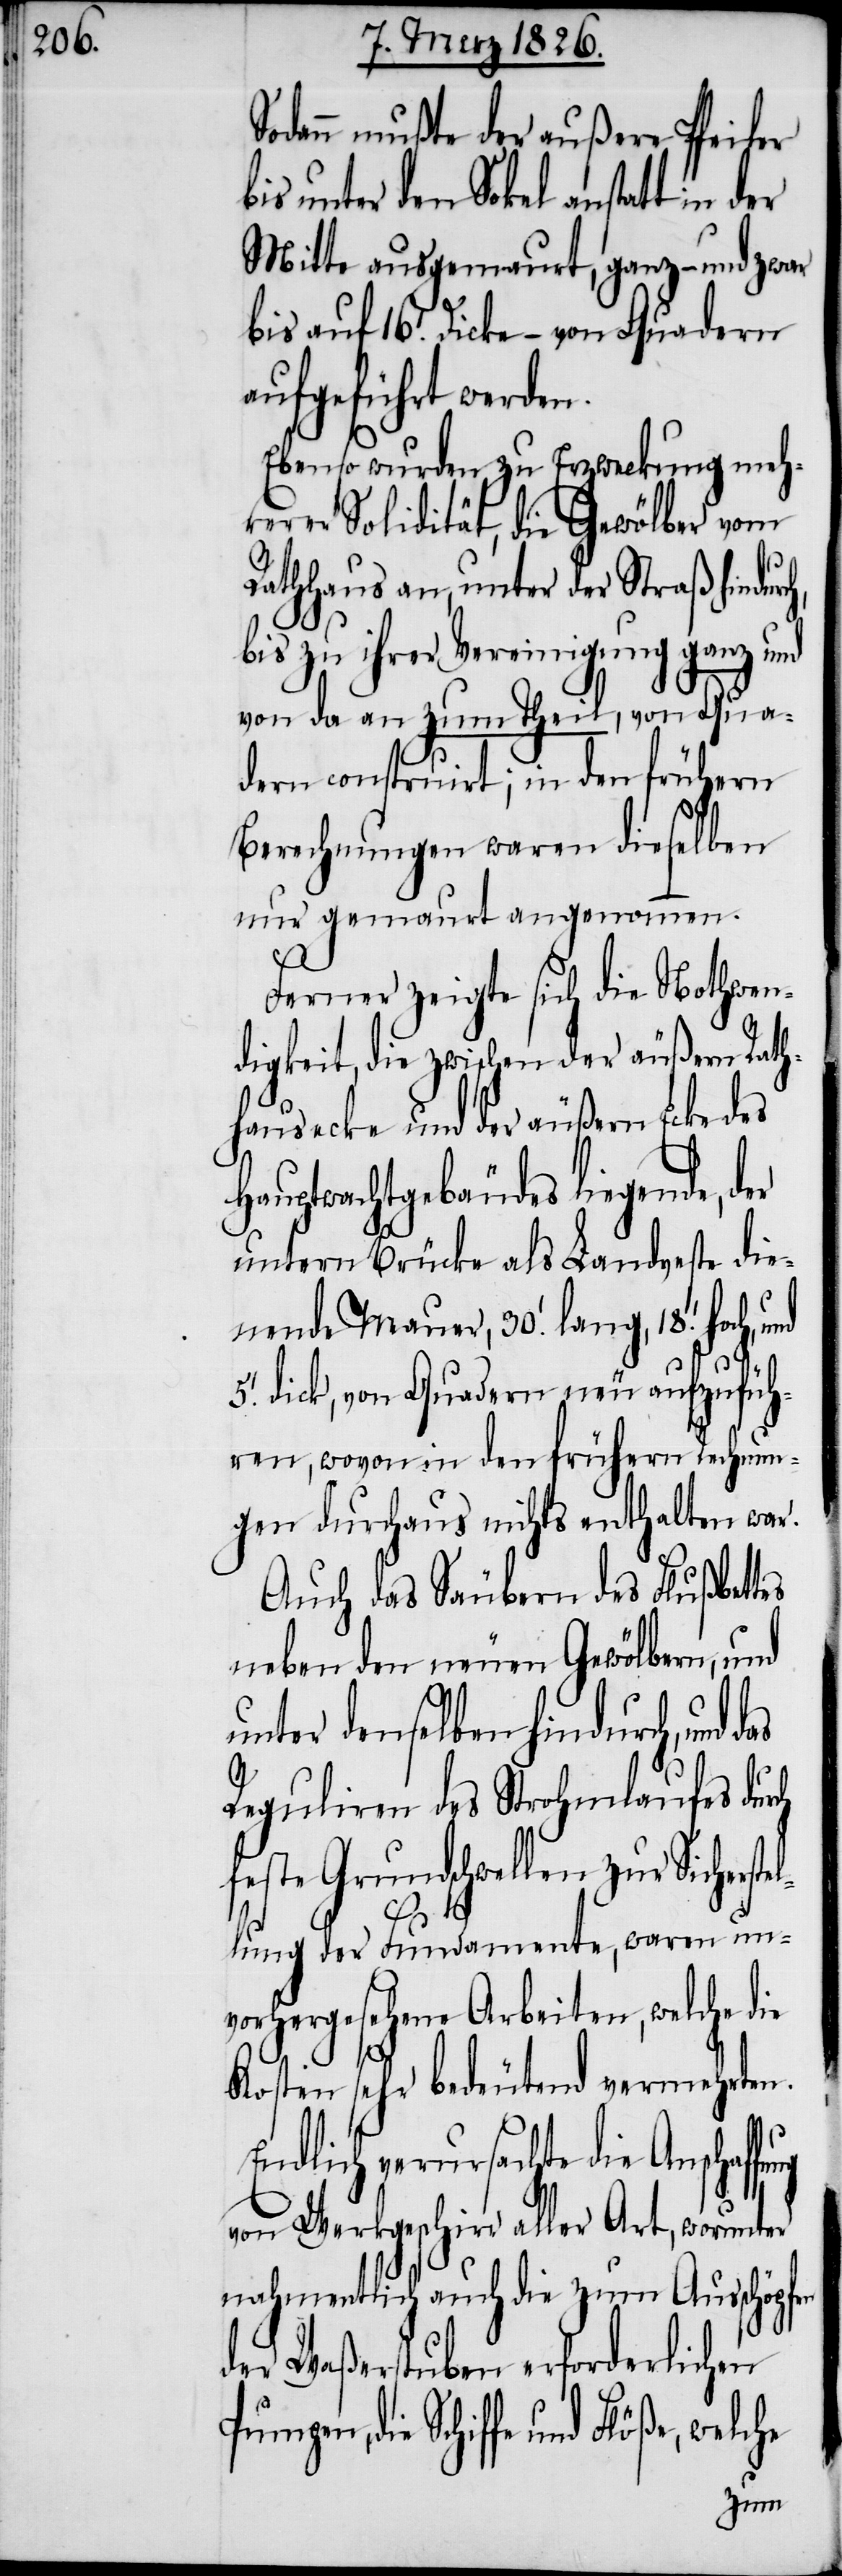
Sodann mußte der außere Pfeiler
bis unter den Sokel anstatt in der
Mitte ausgemaurt, ganz – und zwar
bis auf 16.’ Dicke – von Quadern
aufgeführt werden.
Ebenso wurden zu Erzweckung meh¬
rerer Solidität, die Gewölber vom
Rathhaus an, unter der Straß hindur¬
bis zu ihrer Vereinigung ganz und
von da an zum Theil, von Qua¬
dern construirt; in den frühern
Berechnungen waren dieselben
nur gemaurt angenommen.
Ferner zeigte sich die Nothwen¬
digkeit, die zwischen der äußern Rath¬
hausecke und der äußern Ecke des
Hauptwachtgebäudes liegende, der
untern Brücke als Landveste die¬
nende Mauer, 30.’ lang, 19.’ hoch,
dick, von Quadern neu aufzufüh¬
ren, wovon in den frühern Rechnun¬
gen durchaus nichts enthalten war.
Auch das Säubern des Flußbettes
neben den neuen Gewölbern und
unter denselben hindurch, und
Reguliren des Strohmlaufes
este Grundschwellen zur Sichers¬
tellung der Fundamente, waren un¬
vorhergesehene Arbeiten, welche die
Kosten sehr bedeutend vermehrten.
Endlich verursachte die
von Werkgeschirr aller Art, worunter
nahmentlich auch die zum Ausschöpfen
der Waßerstuben erforderlichen
die Schiffe und Flöße, welche
f¬